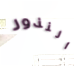
النذور